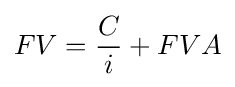
FV={\frac {C}{i}}+FVA